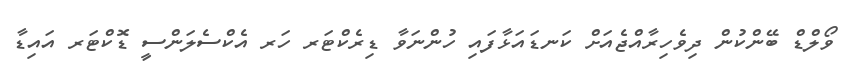
ވޯލްޑް ބޭންކުން ދިވެހިރާއްޖެއަށް ކަނޑައަޅާފައި ހުންނަވާ ޑިރެކްޓަރ ހަރ އެކްސެލަންސީ ޑޮކްޓަރ އައިޑާ